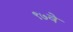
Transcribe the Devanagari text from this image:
९७वे